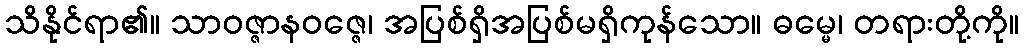
သိနိုင်ရာ၏။ သာဝဇ္ဇာနဝဇ္ဇေ၊ အပြစ်ရှိအပြစ်မရှိကုန်သော။ ဓမ္မေ၊ တရားတို့ကို။